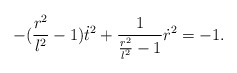
\begin{align*}-(\frac{r^2}{l^2}-1)\dot t^2 +\frac{1}{\frac{r^2}{l^2}-1}\dot r^2=-1.\end{align*}